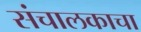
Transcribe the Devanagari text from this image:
संचालकाचा